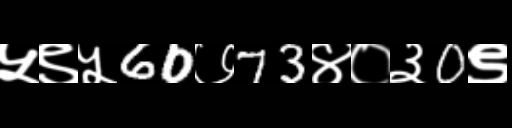
Text: ५९५60७73४०३0९